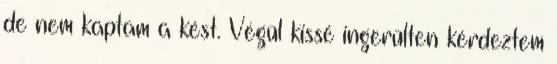
de nem kaptam a kést. Végül kissé ingerülten kérdeztem